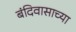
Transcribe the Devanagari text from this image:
बंदिवासाच्या